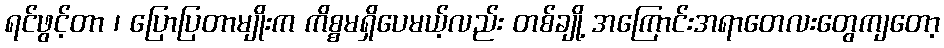
ရင်ဖွင့်တာ ၊ ပြောပြတာမျိုးက ကိစ္စမရှိပေမယ့်လည်း တစ်ချို့ အကြောင်းအရာတေလးတွေကျတော့